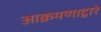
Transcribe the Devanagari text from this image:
आक्रमणाद्वारे